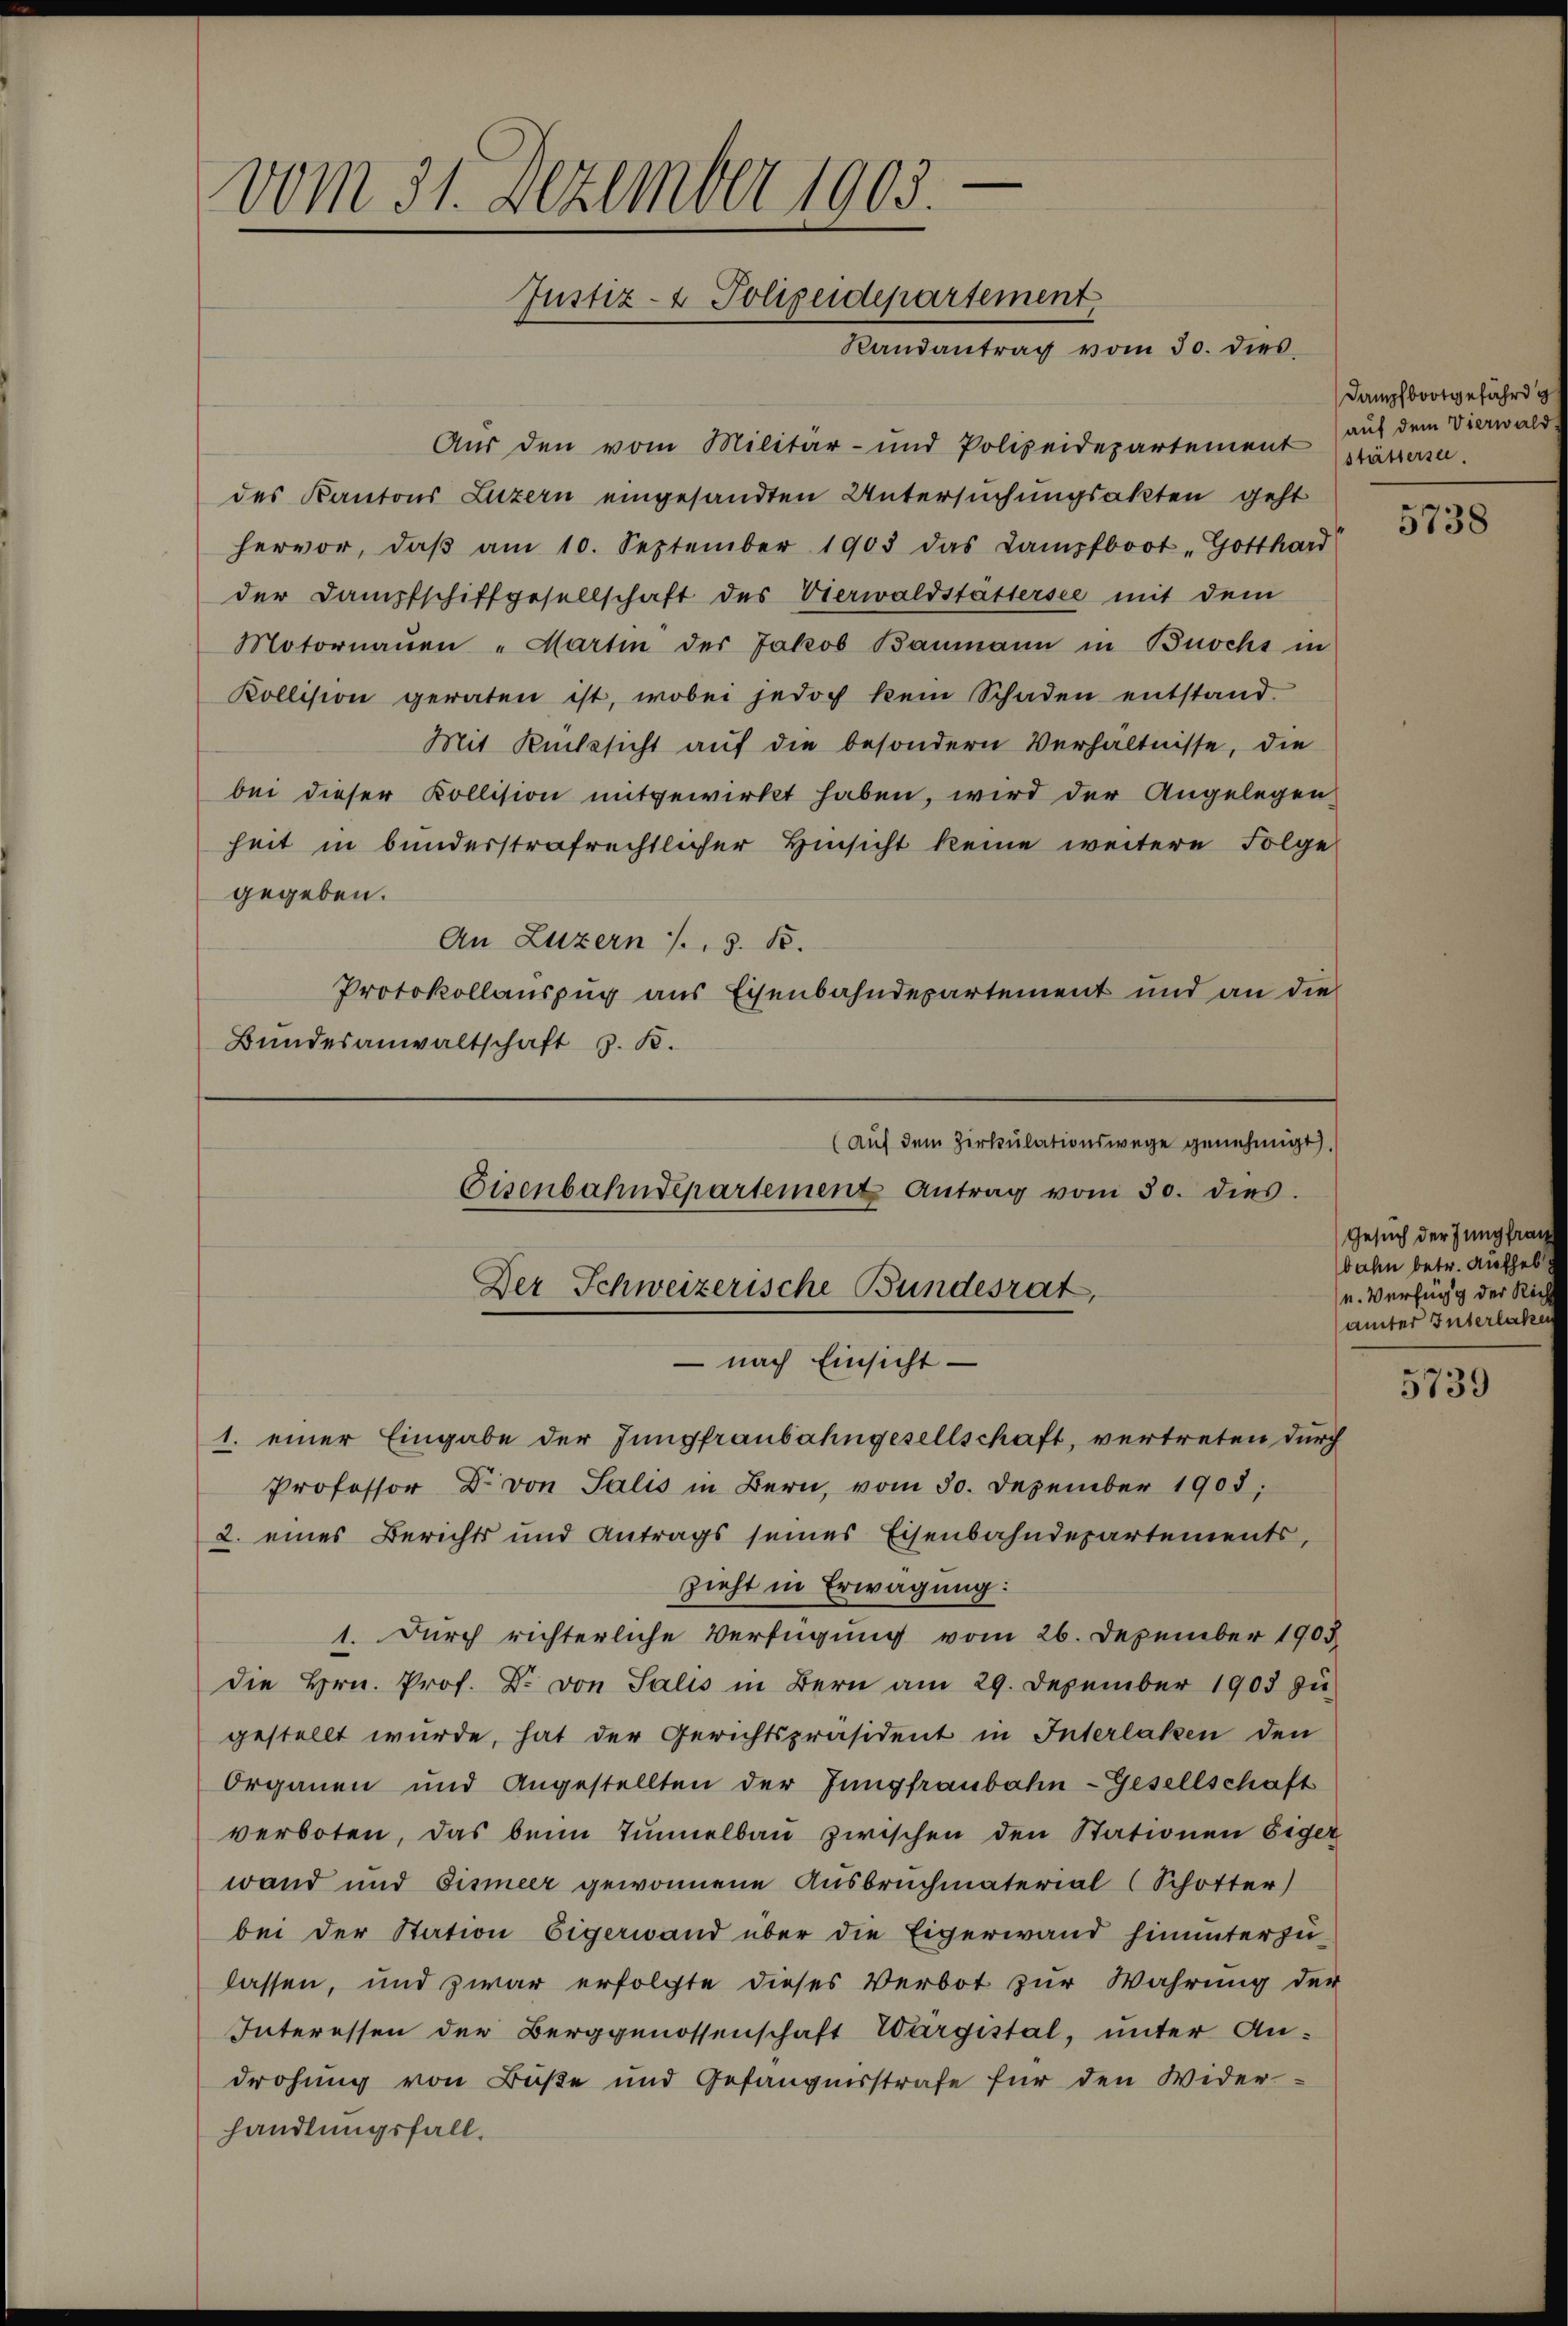
e
vom 31. Dezember 1905
Justiz- & Polizeidepartement

Aŭs den vom Militär- und Polizeidepartement stättern.
des Kantons Luzern eingesandten Untersuchungsakten geht
hervor, daβ am 10. September 1903 das Kampfboot „Gotthard
der Dampfschiffgesellschaft des Vierwaldstättersee mit dem
Motornaŭen "Martin der Jakob Baumann in Buochs in
Kollision geraten ist, wobei jedoch kein Schaden entstand-
Mit Rücksicht auf die besondern Verhältnisse, die
bei dieser Kollision mitgewirkt haben, wird der Angelegen
heit in bunderstrafrechtlicher Hinsicht keine weitere Folge
gegeben.
An Luzern s. z. B.
Protokollauszug aus Eisenbahndepartement und an die
Bŭndesanwaltschaft z. B.
(auf dem Zirkulationswege genehmigt.
Eisenbahndepartement Antrag vom 30. dies.
Der Schweizerische Bundesrat,

– nach Einsicht¬

Randantrag vom 30. dies

Dampfbootgefähr g
auf dem Vierwald

1. einer Eingabe der Jungfraubahngesellschaft, vertreten durch
Professor Dr. von Salis in Bern, vom 30. Dezember 1903.
2. eines Berichts und Antrags seines Eisenbahndepartements,
zieht in Erwägung:
1. Durch richterliche Verfügung vom 26. Dezember 1903
die Hrn. Prof. Dr. von Salis in Bern am 29. Dezember 1903 zu
gestellt wurde, hat der Gerichtspräsident in Interlaken den
Organen und Angestellten der Jungfraubahn-Gesellschaft
verboten, das beim Tunnelbau zwischen den Stationen Eiger
wand und Eismeer gewonnene Ausbruchmaterial (Schotter)
bei der Station Eigerwand über die Eigerwand hinunterzu-
lassen, und zwar erfolgte dieses Verbot zur Wahrung der
Interessen der Berggenossenschaft Wargistal, unter An-
drohung von Buße und Gefängnisstrafe für den Wider-
handlungsfall.

5738

Gesuch der Jungfrau
bahn betr. Aufheb
u. Verfung der Rich
ämter Interlake

5739